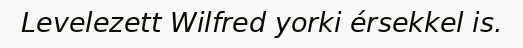
Levelezett Wilfred yorki érsekkel is.